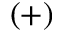
( + )